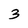
Character: 3